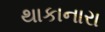
થાકાનારા